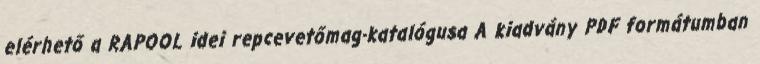
elérhető a RAPOOL idei repcevetőmag-katalógusa A kiadvány PDF formátumban